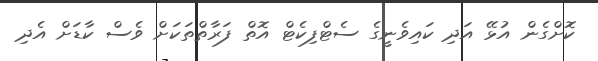
ކޮށްގެން އުޅޭ އަދި ކައިވެނީގެ ސެޓްފިކެޓް އޮތް ފަރާތްތަކަށް ވެސް ކާޑަށް އެދި